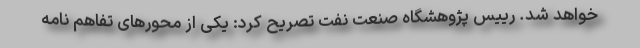
خواهد شد. رییس پژوهشگاه صنعت نفت تصریح کرد: یکی از محورهای تفاهم نامه